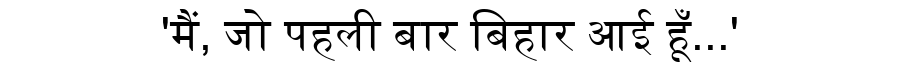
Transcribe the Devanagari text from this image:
'मैं, जो पहली बार बिहार आई हूँ...'